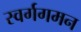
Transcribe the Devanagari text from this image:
स्वर्गगमन